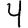
Digit: 4